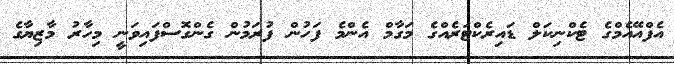
އެފްއޭއެމްގެ ޓެކްނިކަލް ޑައިރެކްޓަރެއްގެ މަގާމް އެންމެ ފަހުން ފުރަމުން ގެންގޮސްފައިވަނީ މިހާރު މާޒިޔާގެ